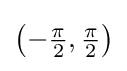
\left(-{\tfrac {\pi }{2}},{\tfrac {\pi }{2}}\right)